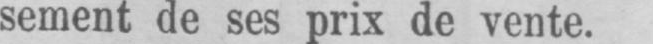
sement de ses prix de vente.